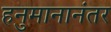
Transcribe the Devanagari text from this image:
हनुमानानंतर